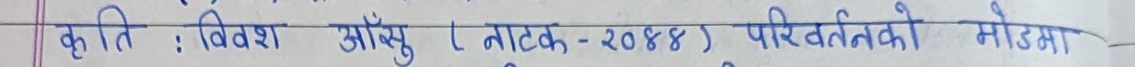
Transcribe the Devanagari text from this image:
कृति : विवश आँसु (नाटक - २०४४), परिवर्तनको मोडमा